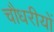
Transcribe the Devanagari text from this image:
चौधरीयों